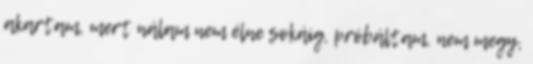
akartam, mert nálam nem élne sokáig, próbáltam, nem megy,